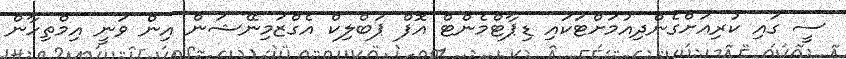
ސީ ގައި ކުރިއަށްގެންދިއުމަށްޓަކައި ޑިޕާޓްމެންޓް އޮފް ޕަބްލިކް އެގްޒަމިނޭޝަން އިން ވަނީ އިމްތިހާން